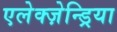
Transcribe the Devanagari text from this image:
एलेक्ज़ेन्ड्रिया